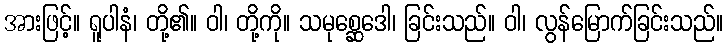
အားဖြင့်။ ရူပါနံ၊ တို့၏။ ဝါ၊ တို့ကို။ သမုစ္ဆေဒေါ၊ ခြင်းသည်။ ဝါ၊ လွန်မြောက်ခြင်းသည်။